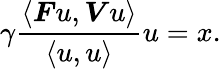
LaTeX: \gamma\frac{\langle\boldsymbol{F}u,\boldsymbol{V}u\rangle}{\langle u,u\rangle}u=x.